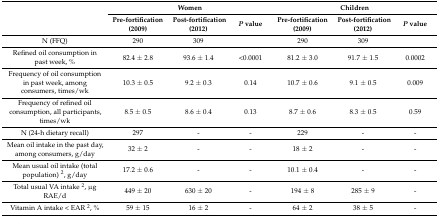
| <ROWSPAN=2>  | <COLSPAN=3> Women | <COLSPAN=3> Children |
 | Pre-fortification (2009) | Post-fortification (2012) | P value | Pre-fortification (2009) | Post-fortification (2012) | P value |
 | --- | --- | --- | --- | --- | --- | --- |
 | N (FFQ) | 290 | 309 |  | 290 | 309 |  |
 | Refined oil consumption in past week, % | 82.4 ± 2.8 | 93.6 ± 1.4 | <0.0001 | 81.2 ± 3.0 | 91.7 ± 1.5 | 0.0002 |
 | Frequency of oil consumption in past week, among consumers, times/wk | 10.3 ± 0.5 | 9.2 ± 0.3 | 0.14 | 10.7 ± 0.6 | 9.1 ± 0.5 | 0.009 |
 | Frequency of refined oil consumption, all participants, times/wk | 8.5 ± 0.5 | 8.6 ± 0.4 | 0.13 | 8.7 ± 0.6 | 8.3 ± 0.5 | 0.59 |
 | N (24-h dietary recall) | 297 | - | - | 229 | - | - |
 | Mean oil intake in the past day, among consumers, g/day | 32 ± 2 | - | - | 18 ± 2 | - | - |
 | Mean usual oil intake (total population) 2, g/day | 17.2 ± 0.6 | - | - | 10.1 ± 0.4 | - | - |
 | Total usual VA intake 2, μg RAE/d | 449 ± 20 | 630 ± 20 | - | 194 ± 8 | 285 ± 9 | - |
 | Vitamin A intake < EAR 2, % | 59 ± 15 | 16 ± 2 | - | 64 ± 2 | 38 ± 5 | - |